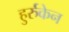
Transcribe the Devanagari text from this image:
हुर्रुकेन